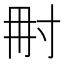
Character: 𡬥